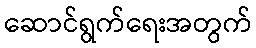
ဆောင်ရွက်ရေးအတွက်